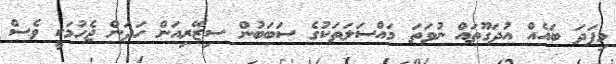
މިފަދަ ބައެއް އުދަގޫތައް ނުވަތަ މައްސަލަތަކުގެ ސަބަބުން ސިޒޭރިއަން ހަދަން ޖެހުމަކީ ވެސް